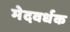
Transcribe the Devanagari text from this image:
मेदवर्धक